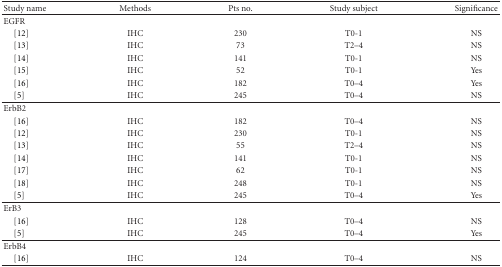
<table><thead><tr><td><b>Study name</b></td><td><b>Methods</b></td><td><b>Pts no.</b></td><td><b>Study subject</b></td><td><b>Significance</b></td></tr></thead><tbody><tr><td>EGFR</td><td> </td><td> </td><td> </td><td> </td></tr><tr><td> [12]</td><td>IHC</td><td>230</td><td>T0-1</td><td>NS</td></tr><tr><td> [13]</td><td>IHC</td><td>73</td><td>T2–4</td><td>NS</td></tr><tr><td> [14]</td><td>IHC</td><td>141</td><td>T0-1</td><td>NS</td></tr><tr><td> [15]</td><td>IHC</td><td>52</td><td>T0-1</td><td>Yes</td></tr><tr><td> [16]</td><td>IHC</td><td>182</td><td>T0–4</td><td>Yes</td></tr><tr><td> [5]</td><td>IHC</td><td>245</td><td>T0–4</td><td>NS</td></tr><tr><td>ErbB2</td><td> </td><td> </td><td> </td><td> </td></tr><tr><td> [16]</td><td>IHC</td><td>182</td><td>T0–4</td><td>NS</td></tr><tr><td> [12]</td><td>IHC</td><td>230</td><td>T0-1</td><td>NS</td></tr><tr><td> [13]</td><td>IHC</td><td>55</td><td>T2–4</td><td>NS</td></tr><tr><td> [14]</td><td>IHC</td><td>141</td><td>T0-1</td><td>NS</td></tr><tr><td> [17]</td><td>IHC</td><td>62</td><td>T0-1</td><td>NS</td></tr><tr><td> [18]</td><td>IHC</td><td>248</td><td>T0-1</td><td>NS</td></tr><tr><td> [5]</td><td>IHC</td><td>245</td><td>T0–4</td><td>Yes</td></tr><tr><td>ErB3</td><td> </td><td> </td><td> </td><td> </td></tr><tr><td> [16]</td><td>IHC</td><td>128</td><td>T0–4</td><td>NS</td></tr><tr><td> [5]</td><td>IHC</td><td>245</td><td>T0–4</td><td>Yes</td></tr><tr><td>ErbB4</td><td> </td><td> </td><td> </td><td> </td></tr><tr><td> [16]</td><td>IHC</td><td>124</td><td>T0–4</td><td>NS</td></tr></tbody></table>